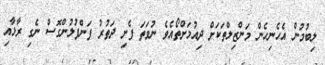
ލިބުމުން އެހެނިހެން މަންޒިލްތަކަށް ދިއުމަށްތޯއެވެ ނުވަތަ ފެށި ދަތުރު ފަންފުލުންގޮސް ނެގި ރާޅާއި